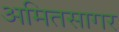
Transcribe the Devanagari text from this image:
अमितसागर